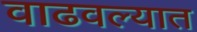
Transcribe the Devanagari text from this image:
वाढवल्यात